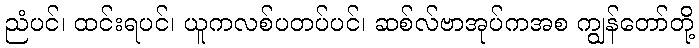
ညံပင်၊ ထင်းရပင်၊ ယူကလစ်ပတပ်ပင်၊ ဆစ်လ်ဗာအုပ်ကအစ ကျွန်တော်တို့